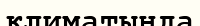
климатында